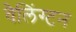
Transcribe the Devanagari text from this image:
वैलिंग्टन